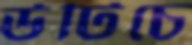
উটিচে